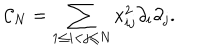
LaTeX: { \cal C } _ { N } = \sum _ { 1 \leq i < j \leq N } x _ { i j } ^ { 2 } \partial _ { i } \partial _ { j } .